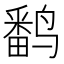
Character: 𬸪